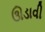
ઊડાવી